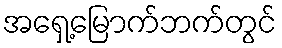
အရှေ့မြောက်ဘက်တွင်